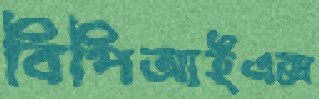
বিপিআইএক্স